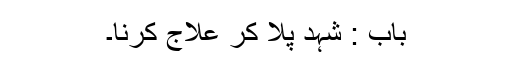
باب : شہد پلا کر علاج کرنا۔